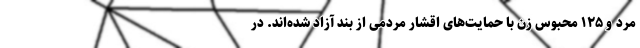
مرد و ۱۲۵ محبوس زن با حمایت‌های اقشار مردمی از بند آزاد شده‌اند. در